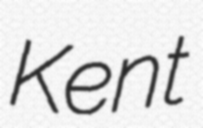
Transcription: Kent